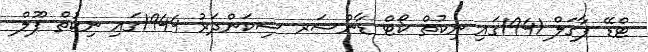
ޓްޑޭ ޕާގަލް 1941ގައި ނިކުތް ކޯޓް ޑާންސަރ ސިކަންދަރު 1944ގައި ނިކުތް ޕޫލް